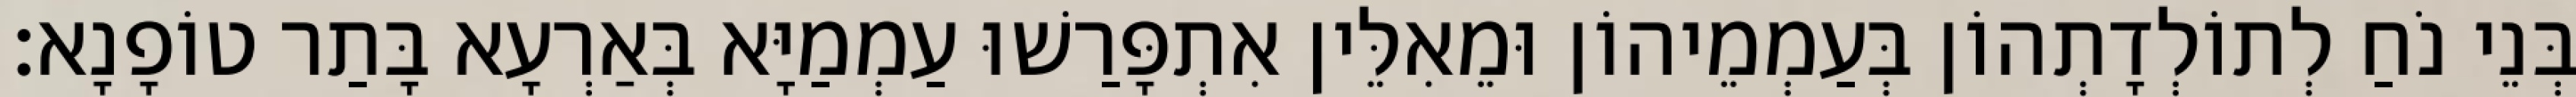
בְּנֵי נֹחַ לְתוֹלְדָתְהוֹן בְּעַמְמֵיהוֹן וּמֵאִלֵּין אִתְפָּרַשׁוּ עַמְמַיָּא בְּאַרְעָא בָּתַר טוֹפָנָא׃